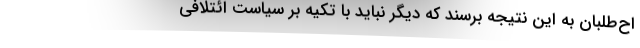
اح‌طلبان به این نتیجه برسند که دیگر نباید با تکیه بر سیاست ائتلافی